Vaccination in Bombay 1913-1923 - 1913-1923
Year: 1913
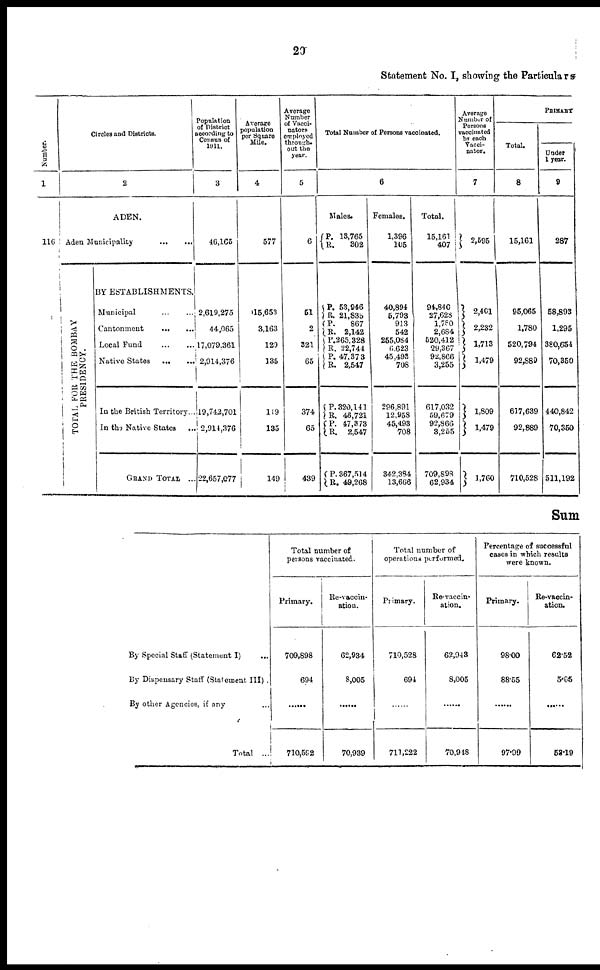
20
Statement No. I, showing the Particulars
Number.
1
116
Circles and Districts.
2
ADEN.
Aden Municipality
...
...
TOTAL FOR THE BOMBAY
PRESIDENCY.
BY ESTABLISHMENTS.
Municipal ... ...
Cantonment
... ...
Local Fund
...
...
Native States
...
...
In the British Territory...
In the Native States
...
GRAND TOTAL
...
Population
of District
according to
Census of
1911.
3
46,165
2,619,275
44,065
17,079,361
2,914,376
19,742,701
2,914,376
22,657,077
Average
population
per Square
Mile.
4
577
15,653
3,163
129
335
119
135
149
Average
Number
of Vacci¬
nators
employed
out the
year.
5
6
51
2
321
65
374
65
439
Total Number of Persons vaccinated.
6
Males.
P.
R. 13,765
302
P.
R.
P.
R.
P.
R.
P.
R.
P.
R.
P.
R.
P.
R.
53,946
21,835
867
2,142
265,328
22,744
47,373
2,547
320,141
46,721
47,373
2,547
367,514
49,268
Females.
1,396
105
40,894
5,793
913
542
255,084
6,623
45,493
708
296,891
12,958
45,498
708
342,384
13,666
Total.
15,161
407
94,840
27,628
1,780
2,684
520,412
29,367
92,866
3,255
617,032
59,679
92,866
8,255
709,898
62,934
Average
Number of
Persons
vaccinated
by each
Vacci¬
nator.
7
2,595
2,401
2,232
1,713
1,479
1,809
1,479
1,760
PRIMARY
Total.
8
15,161
95,065
1,780
520,794
92,889
617,639
92,889
710,528
Under
1 year.
9
287
58,893
1,295
380,654
70,350
440,842
70,350
511,192
Sum
By Special Staff (Statement I) ...
By Dispensary Staff (Statement III) .
By other Agencies, if any ...
Total ...
Total number of
persons vaccinated.
Primary.
709,898
694
......
710,592
Re-vaccin-
ation.
62,934
8,005
......
70,939
Total number of
operations performed.
Primary.
710,528
694
......
711,222
Re-vaccin-
ation.
62,943
8,005
......
70,948
Percentage of successful
cases in which results
were known.
Primary.
98.00
88.55
......
97.99
Re-vaccin-
ation.
62.52
5.95
......
53.19